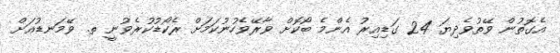
އެގޮތުން ވޭތުވެދިޔަ 24 ގަޑިއިރު އެންމެ ބޯކޮށް ވާރޭވެހުނުކަމަށް ރެކޯޑުކުރެވުނީ ތ. ވޭމަނޑުއަށް